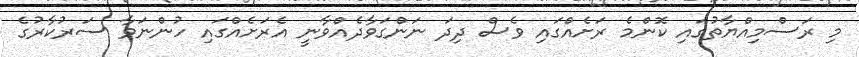
މި ރަސްމިއްޔާތުގައި ކޮންމެ ރަށެއްގައި ވެސް ދިދަ ނަންގަވާދެއްވާނީ އެރަށެއްގައި ހުންނަވާ ސަރުކާރުގެ